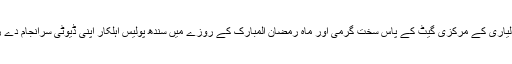
کراچی : لیاری کے مرکزی گیٹ کے پاس سخت گرمی اور ماہ رمضان المبارک کے روزے میں سندھ پولیس اہلکار اپنی ڈیوٹی سرانجام دے رہے ہیں۔